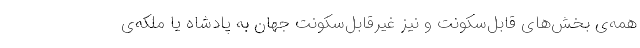
همه‌ی بخش‌های قابل‌سکونت و نیز غیرقابل‌سکونت جهان به پادشاه یا ملکه‌ی